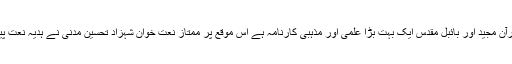
کتاب قرآن مجید اور بائبل مقدس ایک بہت بڑا علمی اور مذہبی کارنامہ ہے اس موقع پر ممتاز نعت خوان شہزاد تحسین مدنی نے ہدیہ نعت پیش کیا۔